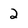
Character: 2